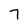
Character: 7